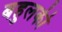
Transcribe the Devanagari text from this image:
बहुलकी